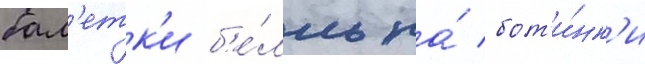
бал'етк'и б'е́лль на́ бот'и́нк'и